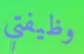
وظيفتي